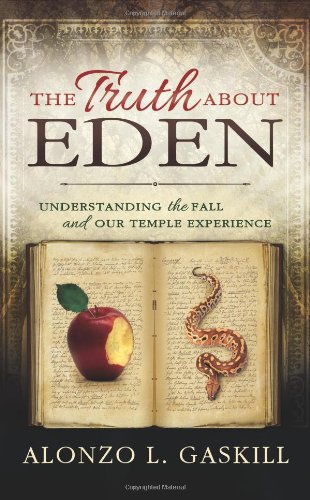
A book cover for The Truth About Eden: Understanding the Fall and our Temple Experience; Alonzo L. Gaskill; Christian Books & Bibles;